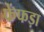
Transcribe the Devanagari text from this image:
फेंफड़ा